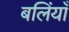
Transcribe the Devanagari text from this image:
बलिंयाँ